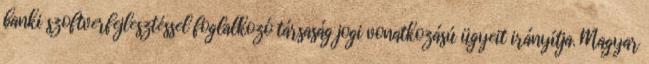
banki szoftverfejlesztéssel foglalkozó társaság jogi vonatkozású ügyeit irányítja. Magyar